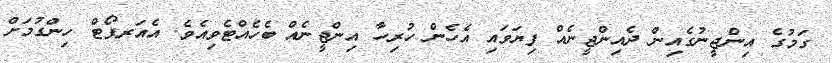
ގަމުގެ އިންޖީނުގެއިން ދެއިންޖީނެއް ފިޔަވައި އެހެން ހުރިހާ އިންޖީނެއް ބެހެއްޓެވިއެވެ. އެއަރޕޯޓް ހިންގުމަށް